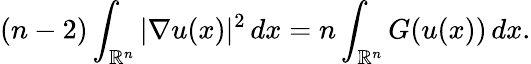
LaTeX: (n-2)\int_{\mathbb{R}^{n}}|\nabla u(x)|^{2}\, dx=n\int_{\mathbb{R}^{n}}G(u(x))\, dx.